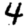
Digit: 4